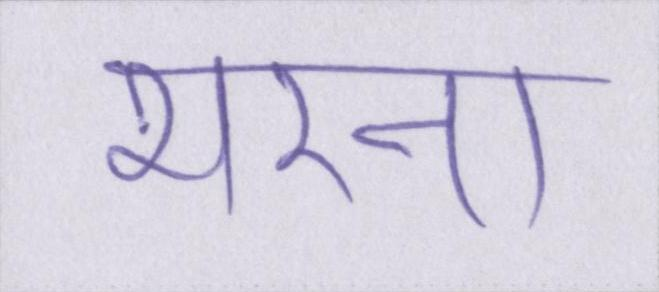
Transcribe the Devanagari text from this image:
भरना